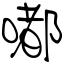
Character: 嘟